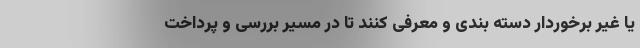
یا غیر برخوردار دسته بندی و معرفی کنند تا در مسیر بررسی و پرداخت